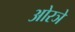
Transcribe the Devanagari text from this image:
ओरञे